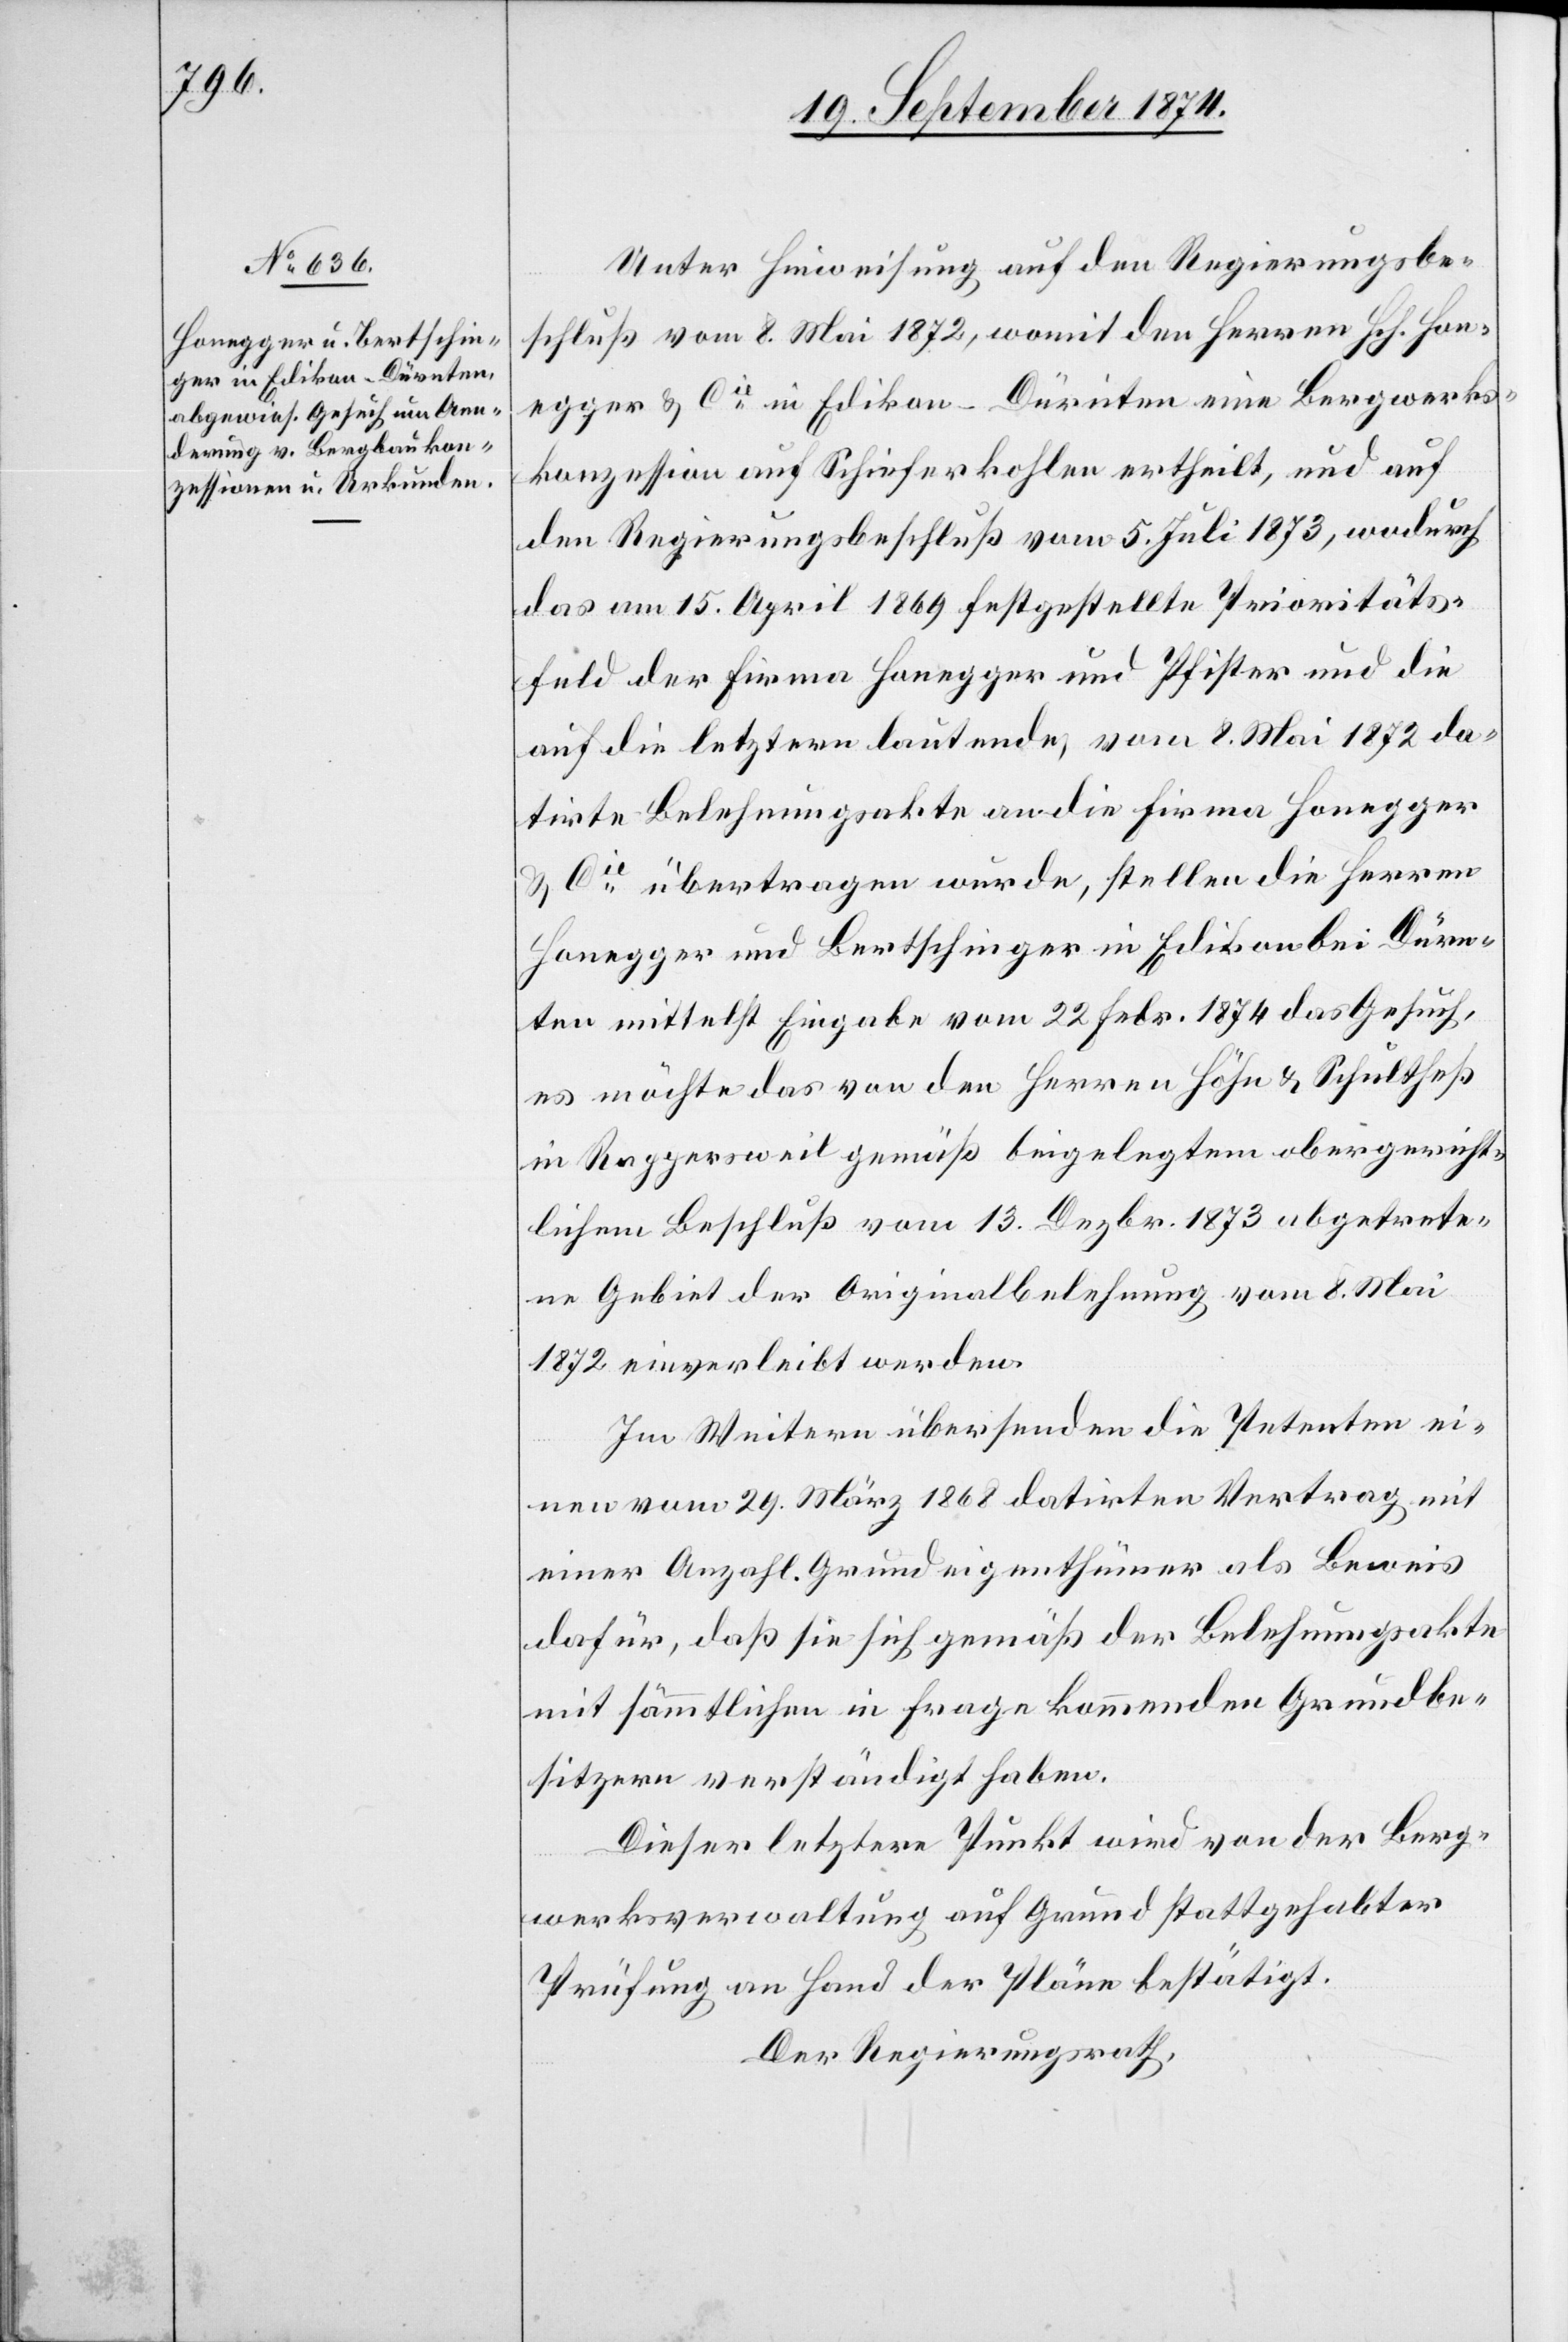
Unter Hinweisung auf den Regierungsbe¬
schluß vom 8. Mai 1872, womit den Herren Hch. Hon¬
egger & Cie in Edikon-Dürnten eine Bergwerks¬
konzession auf Schieferkohlen ertheilt, und auf
den Regierungsbeschluß vom 5. Juli 1873, wodurch
das am 15. April 1869 festgestellte Prioritäts¬
feld der Firma Honegger und Pfister und die
auf die letztern lautende, vom 8. Mai 1872 da¬
tirte Belehnungsakte an die Firma Honegger
& Cie übertragen wurde, stellen die Herren
Honegger und Bertschinger in Edikon bei Dürn¬
ten mittelst Eingabe vom 22. Febr. 1874 das Gesuch,
es möchte das von den Herren Höhn & Schultheß
in Rappersweil gemäß beigelegtem obergericht¬
lichen Beschluß vom 13. Dezbr. 1873 abgetrete¬
ne Gebiet der Originalbelehnung vom 8. Mai
1872 einverleibt werden.
Im Weitern übersenden die Petenten ei¬
nen vom 29. März 1868 datirten Vertrag mit
einer Anzahl Grundeigenthümer als Beweis
dafür, daß sie sich gemäß der Belehnungsakte
mit sämmtlichen in Frage kommenden Grundbe¬
sitzern verständigt haben.
Dieser letztere Punkt wird von der Berg¬
werksverwaltung auf Grund stattgehabter
Prüfung an Hand der Pläne bestätigt.
Der Regierungsrath,